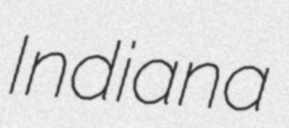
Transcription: Indiana